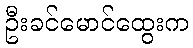
ဦးခင်မောင်ထွေးက